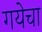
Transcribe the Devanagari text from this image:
गयेचा